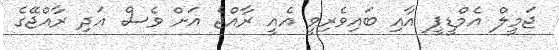
ޖަމީލް އެމްޑީޕީ އާއި ބައިވެރިވީ އެއީ ރާއްޖެ އަށް ވެސް އަދި ރާއްޖޭގެ